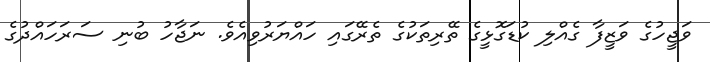
ވަޖީހުގެ ވަޒީފާ ގެއްލި ކުޑަގޮޅީގެ ތޭރިތަކުގެ ތެރޭގައި ހައްޔަރުވިއެވެ. ނަޖާހު ބުނި ސަރަހައްދުގެ